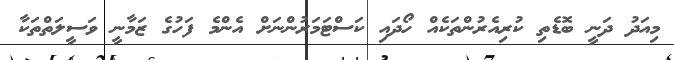
މިއަދު ދަނީ ބޮޑެތި ކުރިއެރުންތަކެއް ހޯދައި ކަސްޓަމަރުންނަށް އެންމެ ފަހުގެ ޒަމާނީ ވަސީލަތްތަކާ